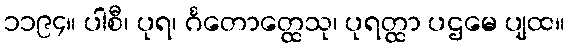
၁၁၉၄။ ပါစီ၊ ပုရ၊ င်္ဂတောတ္ထေသု၊ ပုရတ္ထာ ပဌမေ ပျထ။